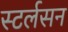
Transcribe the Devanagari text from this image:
स्टर्लसन